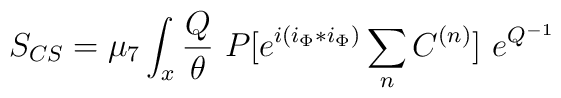
S_{CS} = \mu_7 \int_x {Q \over \theta}~P[e^{i(i_{\Phi} * i_{\Phi})}\sum_n C^{(n)}]~e^{Q^{-1}}